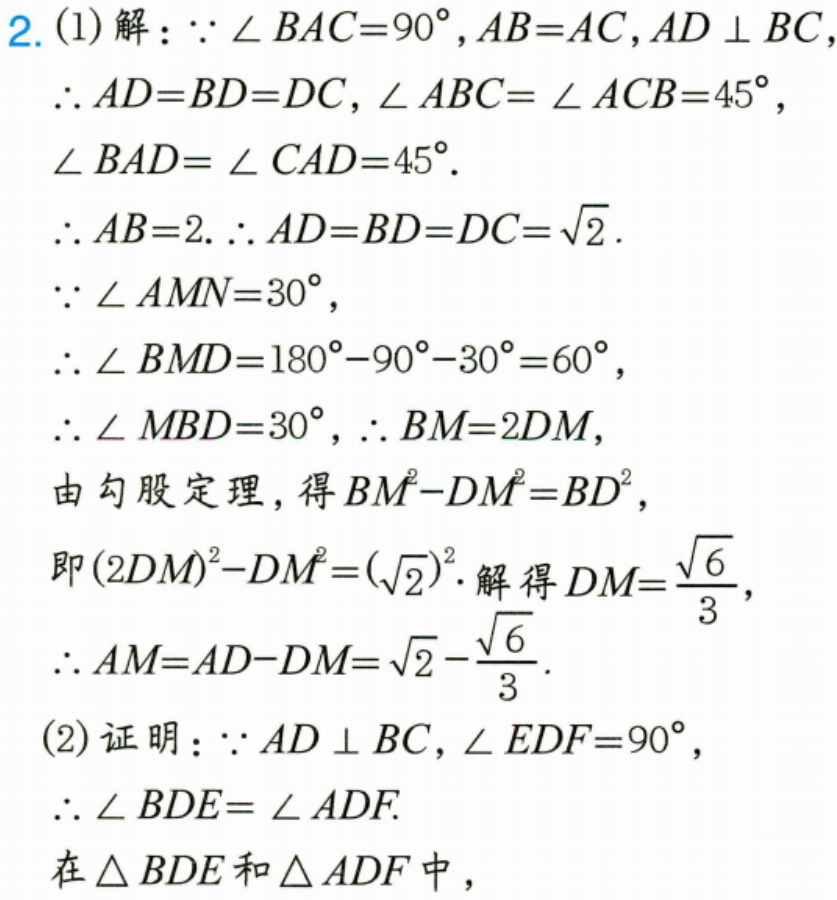
2. (1)解：\(\because\angle BAC = 90^{\circ}\)，\(AB = AC\)，\(AD\perp BC\)
\(\therefore AD = BD = DC\)，\(\angle ABC=\angle ACB = 45^{\circ}\)，\(\angle BAD=\angle CAD = 45^{\circ}\).
\(\therefore AB = 2\). \(\therefore AD = BD = DC=\sqrt{2}\).
\(\because\angle AMN = 30^{\circ}\)，
\(\therefore\angle BMD = 180^{\circ}-90^{\circ}-30^{\circ}=60^{\circ}\)，
\(\therefore\angle MBD = 30^{\circ}\)，\(\therefore BM = 2DM\)，
由勾股定理，得\(BM^{2}-DM^{2}=BD^{2}\)，
即\((2DM)^{2}-DM^{2}=(\sqrt{2})^{2}\). 解得\(DM=\frac{\sqrt{6}}{3}\)，
\(\therefore AM = AD - DM=\sqrt{2}-\frac{\sqrt{6}}{3}\).
(2)证明：\(\because AD\perp BC\)，\(\angle EDF = 90^{\circ}\)，
\(\therefore\angle BDE=\angle ADF\).
在\(\triangle BDE\)和\(\triangle ADF\)中，